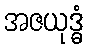
အဇယုဒ္ဓံ